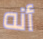
أنه